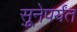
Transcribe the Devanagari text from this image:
सुूनेपर्यंत